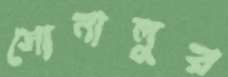
সোনালুর